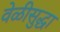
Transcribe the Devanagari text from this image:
वेळीसुद्धा